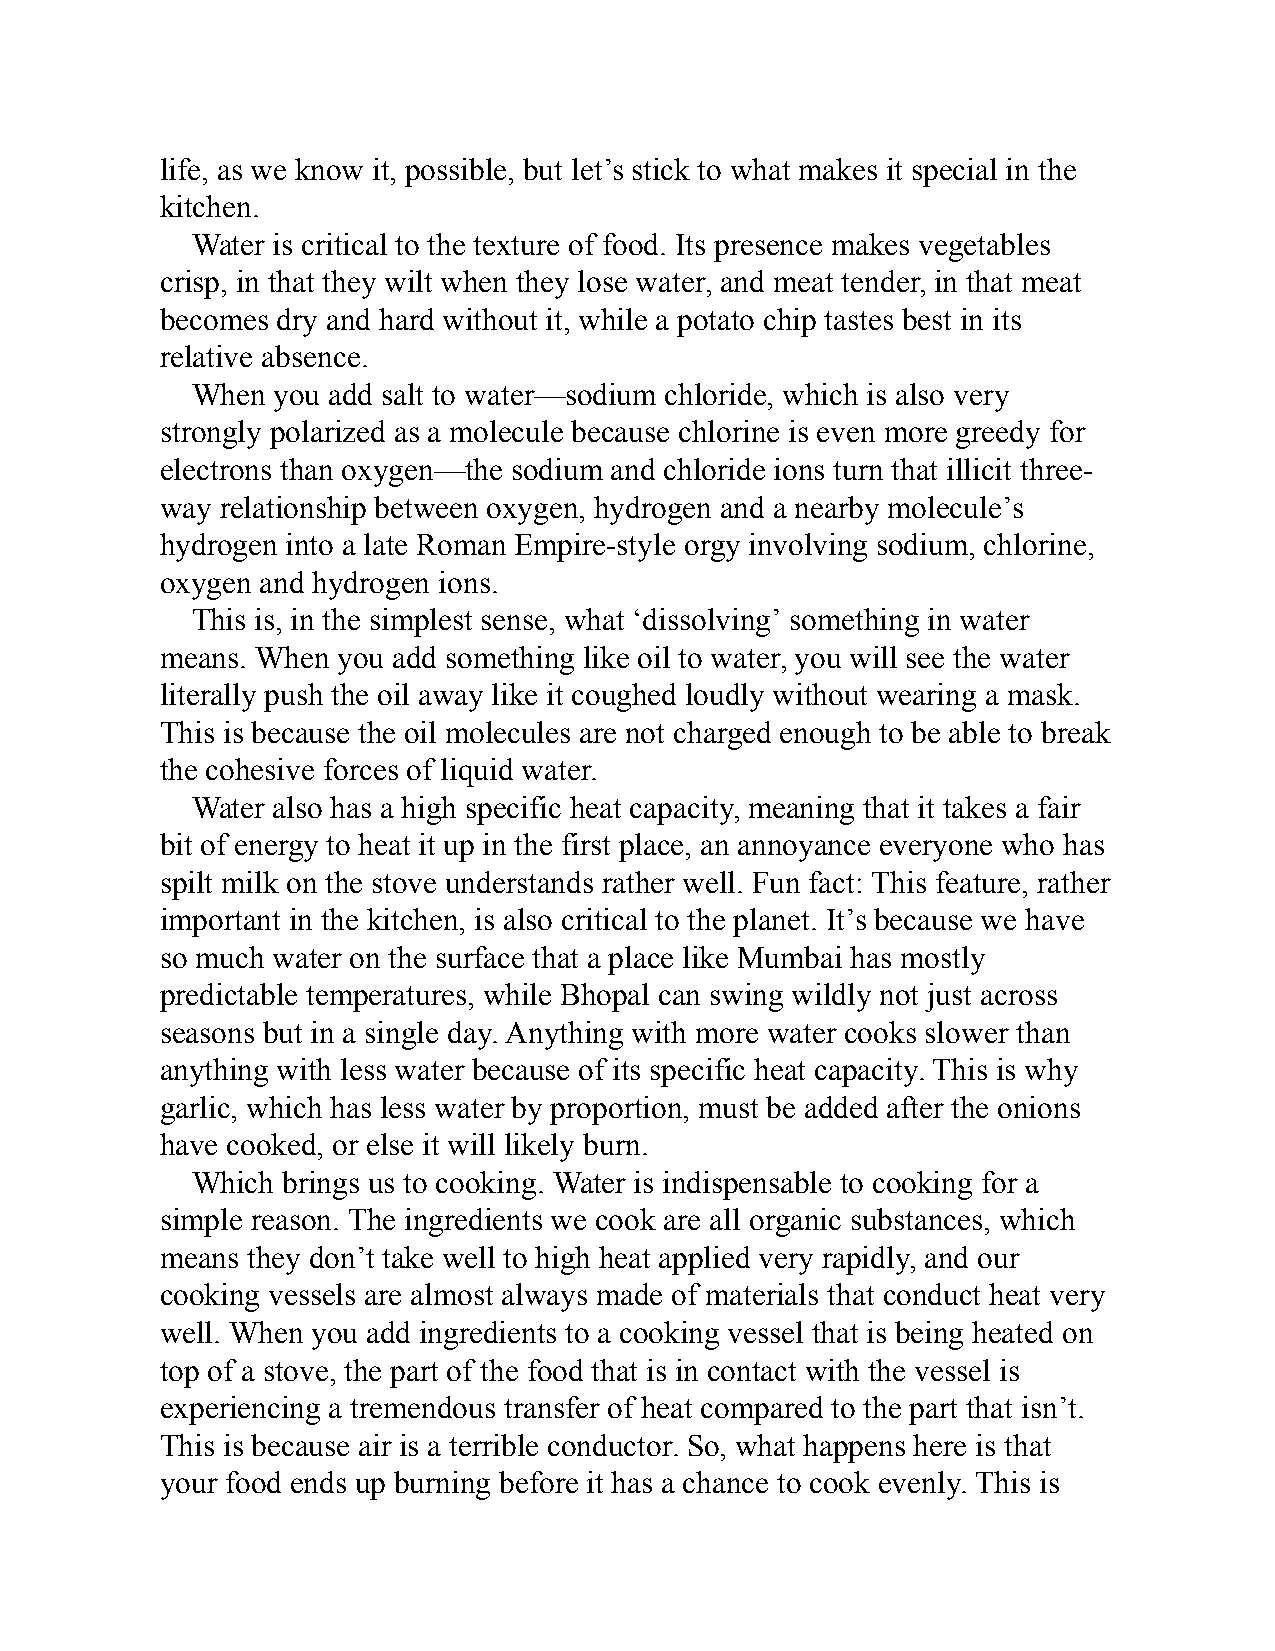
life, as we know it, possible, but let’s stick to what makes it special in the
 kitchen.
 Water is critical to the texture of food. Its presence makes vegetables
 crisp, in that they wilt when they lose water, and meat tender, in that meat
 becomes dry and hard without it, while a potato chip tastes best in its
 relative absence.
 When you add salt to water—sodium chloride, which is also very
 strongly polarized as a molecule because chlorine is even more greedy for
 electrons than oxygen—the sodium and chloride ions turn that illicit three-
 way relationship between oxygen, hydrogen and a nearby molecule’s
 hydrogen into a late Roman Empire-style orgy involving sodium, chlorine,
 oxygen and hydrogen ions.
 This is, in the simplest sense, what ‘dissolving’ something in water
 means. When you add something like oil to water, you will see the water
 literally push the oil away like it coughed loudly without wearing a mask.
 This is because the oil molecules are not charged enough to be able to break
 the cohesive forces of liquid water.
 Water also has a high specific heat capacity, meaning that it takes a fair
 bit of energy to heat it up in the first place, an annoyance everyone who has
 spilt milk on the stove understands rather well. Fun fact: This feature, rather
 important in the kitchen, is also critical to the planet. It’s because we have
 so much water on the surface that a place like Mumbai has mostly
 predictable temperatures, while Bhopal can swing wildly not just across
 seasons but in a single day. Anything with more water cooks slower than
 anything with less water because of its specific heat capacity. This is why
 garlic, which has less water by proportion, must be added after the onions
 have cooked, or else it will likely burn.
 Which brings us to cooking. Water is indispensable to cooking for a
 simple reason. The ingredients we cook are all organic substances, which
 means they don’t take well to high heat applied very rapidly, and our
 cooking vessels are almost always made of materials that conduct heat very
 well. When you add ingredients to a cooking vessel that is being heated on
 top of a stove, the part of the food that is in contact with the vessel is
 experiencing a tremendous transfer of heat compared to the part that isn’t.
 This is because air is a terrible conductor. So, what happens here is that
 your food ends up burning before it has a chance to cook evenly. This is